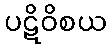
ပဋိဝိစယ